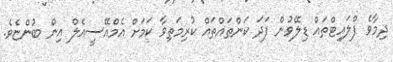
ދިމާވެ ފްލައިޓްތައް ޑިލޭވުން ފަދަ ކަންތައްތައް ކުރިމަތިވާ ކަމަށް އެމްއޭސީއެލް އިން ބުންޏެވެ.